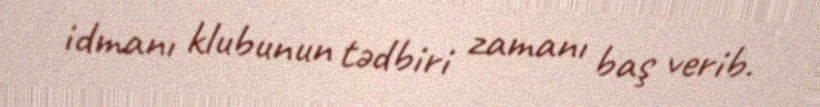
idmanı klubunun tədbiri zamanı baş verib.